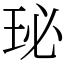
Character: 珌